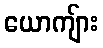
ယောကျ်ား